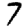
Digit: 7